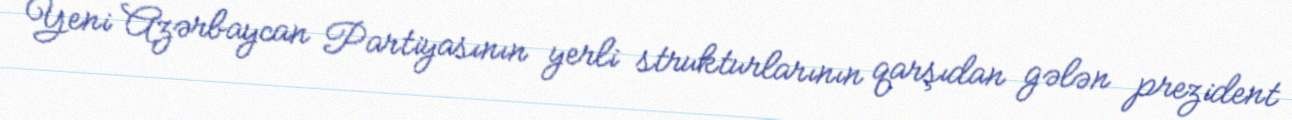
Yeni Azərbaycan Partiyasının yerli strukturlarının qarşıdan gələn prezident